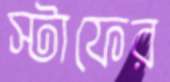
স্টাফের